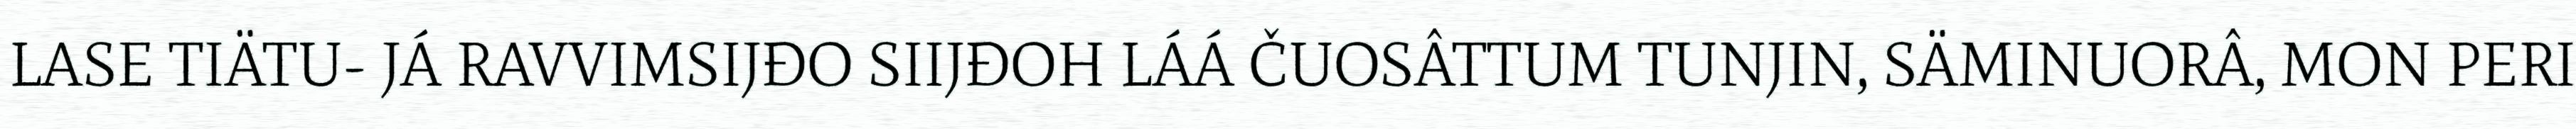
LASE TIÄTU- JÁ RAVVIMSIJĐO SIIJĐOH LÁÁ ČUOSÂTTUM TUNJIN, SÄMINUORÂ, MON PERI